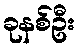
ခုနစ်ဦး